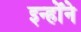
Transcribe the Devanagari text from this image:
इन्होँने